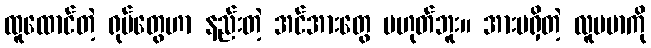
ထူထောင်တဲ့ ရုပ်တွေဟာ နည်းတဲ့ အင်အားတွေ မဟုတ်ဘူး။ အားမရှိတဲ့ လူမမာကို